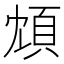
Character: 䪴